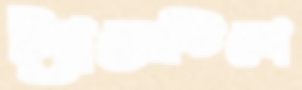
ট্যারেন্টিনো